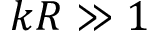
k R \gg 1